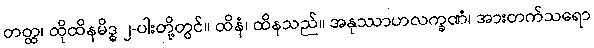
တတ္ထ၊ ထိုထိနမိဒ္ဓ ၂-ပါးတို့တွင်။ ထိနံ၊ ထိနသည်။ အနုဿာဟလက္ခဏံ၊ အားတက်သရော